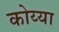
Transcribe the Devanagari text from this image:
कोय्या